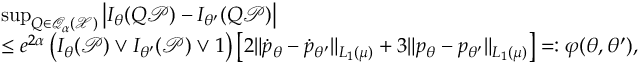
\begin{array} { r l } & { \operatorname* { s u p } _ { Q \in \mathcal { Q } _ { \alpha } ( \mathcal X ) } \left| I _ { \theta } ( Q { \mathcal P } ) - I _ { \theta ^ { \prime } } ( Q { \mathcal P } ) \right| } \\ & { \le e ^ { 2 \alpha } \left( I _ { \theta } ( { \mathcal P } ) \lor I _ { \theta ^ { \prime } } ( { \mathcal P } ) \lor 1 \right) \left[ 2 \| \dot { p } _ { \theta } - \dot { p } _ { \theta ^ { \prime } } \| _ { L _ { 1 } ( \mu ) } + 3 \| { p } _ { \theta } - { p } _ { \theta ^ { \prime } } \| _ { L _ { 1 } ( \mu ) } \right] = : \varphi ( \theta , \theta ^ { \prime } ) , } \end{array}